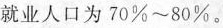
就业人口为70%~80%。